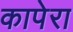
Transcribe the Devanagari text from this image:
कापेरा